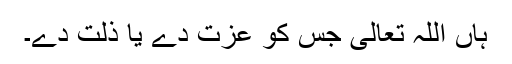
ہاں اللہ تعالیٰ جس کو عزت دے یا ذلت دے۔